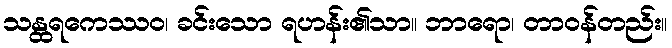
သန္ထရကေဿဝ၊ ခင်းသော ရဟန်း၏သာ။ ဘာရော၊ တာဝန်တည်း။